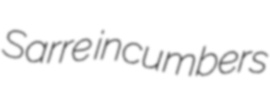
Sarre incumbers